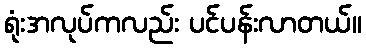
ရုံးအလုပ်ကလည်း ပင်ပန်းလာတယ်။